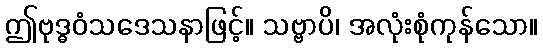
ဤဗုဒ္ဓဝံသဒေသနာဖြင့်။ သဗ္ဗာပိ၊ အလုံးစုံကုန်သော။